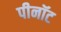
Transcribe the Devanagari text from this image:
पीनॉट